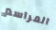
المراسم